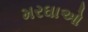
મરઘાઓ